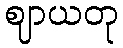
ဈာယတု